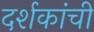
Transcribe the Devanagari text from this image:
दर्शकांची